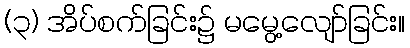
(၃) အိပ်စက်ခြင်း၌ မမွေ့လျော်ခြင်း။